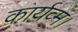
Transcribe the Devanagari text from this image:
कार्यव्म।